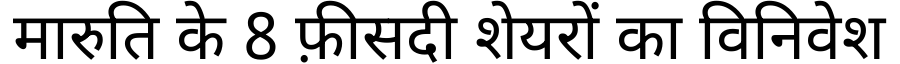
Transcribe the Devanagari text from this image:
मारुति के 8 फ़ीसदी शेयरों का विनिवेश